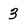
Character: 3